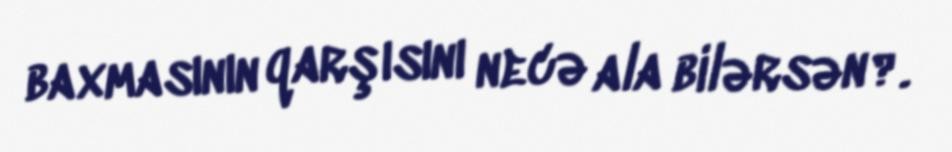
baxmasının qarşısını necə ala bilərsən?.